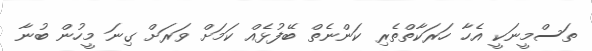
ތަސްމީނަކީ އެހާ ހަރަކާތްތެރި ކަންނެތް ބޭފުޅެއް ކަމަށް ވަރަށް ގިނަ މީހުން ބުނާ